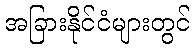
အခြားနိုင်ငံများတွင်